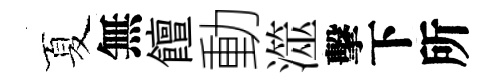
夏無饘動澨擊下所